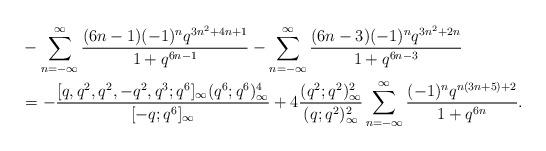
LaTeX: \begin{align*}&-\sum_{n=-\infty}^\infty \frac{(6n-1)(-1)^nq^{3n^2+4n+1}}{1+q^{6n-1}}-\sum_{n=-\infty}^\infty \frac{(6n-3)(-1)^nq^{3n^2+2n}}{1+q^{6n-3}}\\&=-\frac{[q,q^2,q^2,-q^2,q^3;q^6]_\infty(q^6;q^6)^4_\infty}{[-q;q^6]_\infty}+4\frac{(q^2;q^2)_\infty^2}{(q;q^2)_\infty^2}\sum_{n=-\infty}^\infty \frac{(-1)^nq^{n(3n+5)+2}}{1+q^{6n}}.\end{align*}